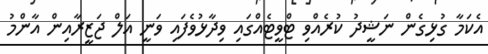
އެކަމާ ގުޅިގެން ނަޝީދު ކުރެއްވި ޓްވީޓެއްގައި ވިދާޅުވެފައި ވަނީ އަލް ޖަޒީރާއިން އާންމު